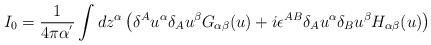
LaTeX: \begin{align*}I_0=\frac 1{4\pi \alpha ^{^{\prime }}}\int dz^\alpha \left(\delta ^Au^\alpha \delta _Au^\beta G_{\alpha \beta }(u)+i\epsilon^{AB}\delta _Au^\alpha \delta _Bu^\beta H_{\alpha \beta }(u)\right)\end{align*}